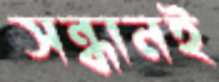
সন্ধানই